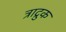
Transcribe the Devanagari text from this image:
त्राद्रुक